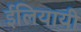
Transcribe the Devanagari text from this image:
ईलियायी